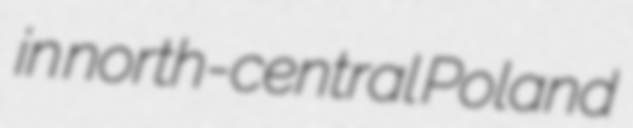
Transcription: in north-central Poland